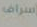
السترات